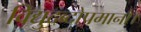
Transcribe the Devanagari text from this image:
विद्युदब्दोपमानौ।